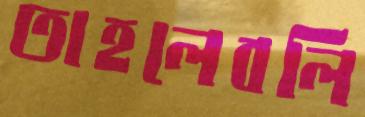
তাহলেবলি